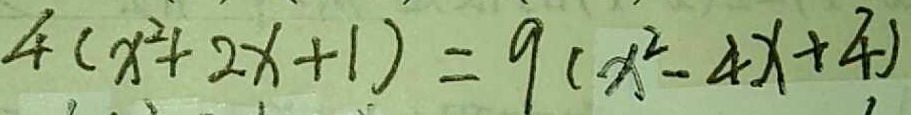
4 ( x ^ { 2 } + 2 x + 1 ) = 9 ( x ^ { 2 } - 4 x + 4 )